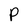
Character: P